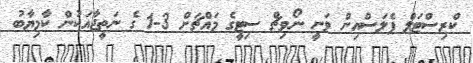
ކްރިސްޓަލް ޕެލަސްއިން ވަނީ ނޯވިޗް ސިޓީގެ މައްޗަށް 3-1 ގެ ނަތީޖާއަކުން ކާމިޔާބު